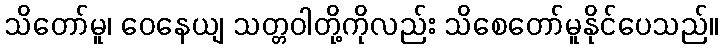
သိတော်မူ၊ ဝေနေယျ သတ္တဝါတို့ကိုလည်း သိစေတော်မူနိုင်ပေသည်။